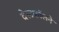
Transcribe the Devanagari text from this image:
वेस्टफॉलने